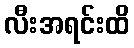
လီးအရင်းထိ